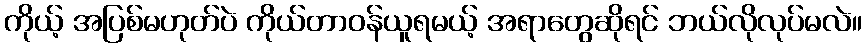
ကိုယ့် အပြစ်မဟုတ်ပဲ ကိုယ်တာဝန်ယူရမယ့် အရာတွေဆိုရင် ဘယ်လိုလုပ်မလဲ။